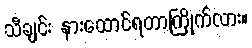
သီချင်း နားထောင်ရတာကြိုက်လား။